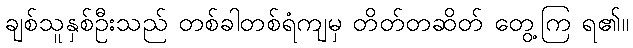
ချစ်သူနှစ်ဦးသည် တစ်ခါတစ်ရံကျမှ တိတ်တဆိတ် တွေ့ကြ ရ၏။